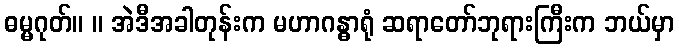
ဓမ္မဂုတ်။ ။ အဲဒီအခါတုန်းက မဟာဂန္ဓာရုံ ဆရာတော်ဘုရားကြီးက ဘယ်မှာ